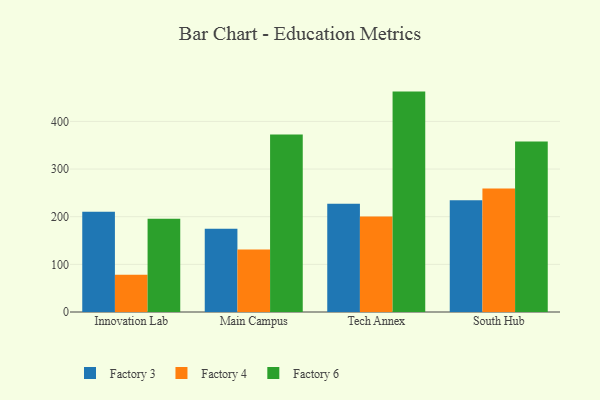
{"axis": {"x": "Campus", "y": "Energy Usage (MWh)"}, "legend": ["Factory 3", "Factory 4", "Factory 6"], "data": [{"x": "Innovation Lab", "y": 210.4, "type": "Factory 3"}, {"x": "Innovation Lab", "y": 78.0, "type": "Factory 4"}, {"x": "Innovation Lab", "y": 195.5, "type": "Factory 6"}, {"x": "Main Campus", "y": 174.6, "type": "Factory 3"}, {"x": "Main Campus", "y": 131.3, "type": "Factory 4"}, {"x": "Main Campus", "y": 372.8, "type": "Factory 6"}, {"x": "Tech Annex", "y": 227.1, "type": "Factory 3"}, {"x": "Tech Annex", "y": 200.4, "type": "Factory 4"}, {"x": "Tech Annex", "y": 462.6, "type": "Factory 6"}, {"x": "South Hub", "y": 234.4, "type": "Factory 3"}, {"x": "South Hub", "y": 259.0, "type": "Factory 4"}, {"x": "South Hub", "y": 358.0, "type": "Factory 6"}]}